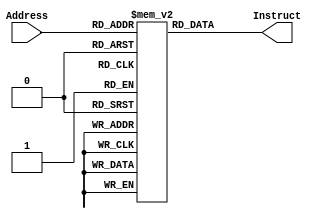
module Instruct_Memory(Address, Instruct);				//
	input [9:0] Address;
	output [31:0] Instruct;
	
	reg [31:0] temp;
	reg [31:0] instruct_memory[1023:0];
	
	always@(Address)
	begin
		temp = instruct_memory[Address];
	end
	
	assign Instruct = temp;
endmodule